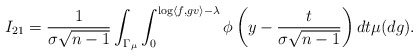
\begin{align*}I_{21} & = \frac{1}{\sigma \sqrt{n - 1}} \int_{\Gamma_{\mu}} \int_{0}^{\log \langle f, g v \rangle - \lambda} \phi \left( y - \frac{t}{\sigma \sqrt{n - 1}} \right) dt \mu(dg). \end{align*}